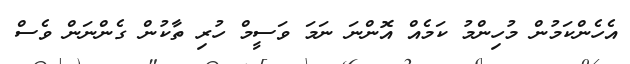
އެހެންކަމުން މުހިންމު ކަމެއް އޮންނަ ނަމަ ވަސީމް ހުރި ތާކުން ގެންނަން ވެސް